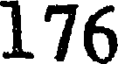
176